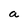
Character: a